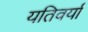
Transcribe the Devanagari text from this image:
यतिवर्या